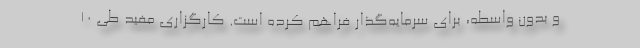
و بدون واسطه، برای سرمایه‌گذار فراهم کرده است. کارگزاری مفید طی 10